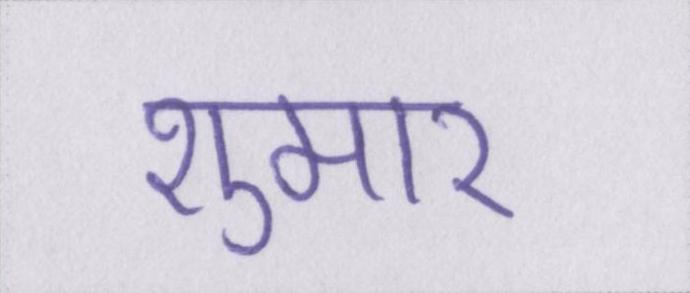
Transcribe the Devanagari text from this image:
शुमार